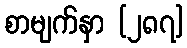
စာမျက်နှာ [၂၈၇]